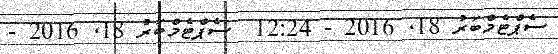
ސެޕްޓެމްބަރު 18